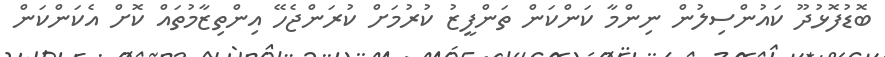
ބޮޑުފޮޅުދޫ ކައުންސިލުން ނިންމާ ކަންކަން ތަންފީޒު ކުރުމަށް ކުރަންޖެހޭ އިންތިޒާމުތައް ކޮށް އެކަންކަން